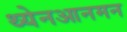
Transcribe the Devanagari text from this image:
थ्येनआनमन